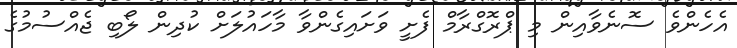
އެހެންވެ ސޮނެވާއިން މި ޕްރޮގްރާމް ފެށީ ވަށައިގެންވާ މާހައުލަށް ކުދިން ލޯބި ޖެއްސުމުގެ